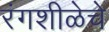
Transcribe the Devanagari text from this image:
रंगशीळेचे